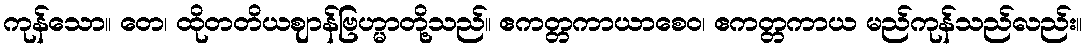
ကုန်သော။ တေ၊ ထိုတတိယဈာန်ဗြဟ္မာတို့သည်။ ဧကတ္တကာယာစေဝ၊ ဧကတ္တကာယ မည်ကုန်သည်လည်း။